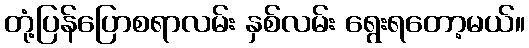
တုံ့ပြန်ပြောစရာလမ်း နှစ်လမ်း ရွေးရတော့မယ်။